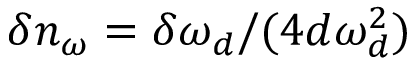
\delta n _ { \omega } = \delta \omega _ { d } / ( 4 d \omega _ { d } ^ { 2 } )